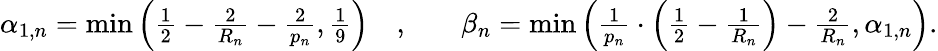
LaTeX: \begin{array}{rlrl}{\alpha_{1,n}=\operatorname*{min}\left(\frac{1}{2}-\frac{2}{R_{n}}-\frac{2}{p_{n}},\frac{1}{9}\right)}&{,}&&{\beta_{n}=\operatorname*{min}\left(\frac{1}{p_{n}}\cdot\left(\frac{1}{2}-\frac{1}{R_{n}}\right)-\frac{2}{R_{n}},\alpha_{1,n}\right).}\end{array}